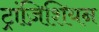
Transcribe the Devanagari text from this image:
ट्रांज़िशियन